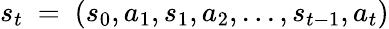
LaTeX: s_{t}~=~(s_{0},a_{1},s_{1},a_{2},...,s_{t-1},a_{t})